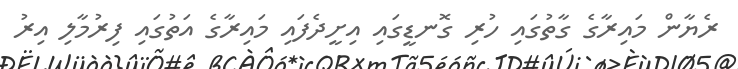
ރެޔާން މައިރާގެ ގާތުގައި ހުރި ގޮނޑީގައި އިށީދެފައި މައިރާގެ އަތުގައި ފިރުމާލި އިރު